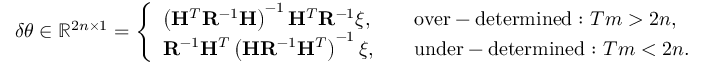
\delta \boldsymbol { \theta } \in \mathbb { R } ^ { 2 n \times 1 } = \left\{ \begin{array} { l l } { \left( \mathbf { H } ^ { T } \mathbf { R } ^ { - 1 } \mathbf { H } \right) ^ { - 1 } \mathbf { H } ^ { T } \mathbf { R } ^ { - 1 } \boldsymbol { \xi } , } & { \quad \mathrm { o v e r - d e t e r m i n e d : ~ } T m > 2 n , } \\ { \mathbf { R } ^ { - 1 } \mathbf { H } ^ { T } \left( \mathbf { H } \mathbf { R } ^ { - 1 } \mathbf { H } ^ { T } \right) ^ { - 1 } \boldsymbol { \xi } , } & { \quad \mathrm { u n d e r - d e t e r m i n e d : ~ } T m < 2 n . } \end{array} \right.